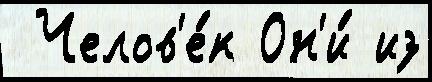
 Челов'е́к Он'и́ из